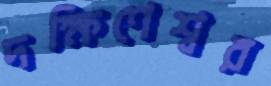
দক্ষিণেশ্বর